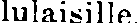
lulaisille.